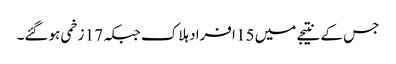
جس کے نتیجے میں 15 افراد ہلاک جبکہ 17 زخمی ہوگئے۔